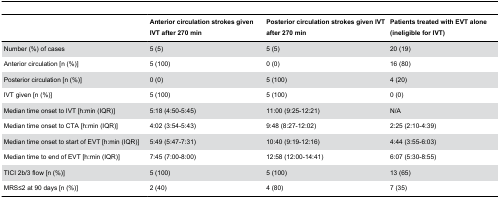
|  | Anterior circulation strokes given IVT after 270 min | Posterior circulation strokes given IVT after 270 min | Patients treated with EVT alone (ineligible for IVT) |
 | --- | --- | --- | --- |
 | Number (%) of cases | 5 (5) | 5 (5) | 20 (19) |
 | Anterior circulation [n (%)] | 5 (100) | 0 (0) | 16 (80) |
 | Posterior circulation [n (%)] | 0 (0) | 5 (100) | 4 (20) |
 | IVT given [n (%)] | 5 (100) | 5 (100) | 0 (0) |
 | Median time onset to IVT [h:min (IQR)] | 5:18 (4:50-5:45) | 11:00 (9:25-12:21) | N/A |
 | Median time onset to CTA [h:min (IQR)] | 4:02 (3:54-5:43) | 9:48 (8:27-12:02) | 2:25 (2:10-4:39) |
 | Median time onset to start of EVT [h:min (IQR)] | 5:49 (5:47-7:31) | 10:40 (9:19-12:16) | 4:44 (3:55-6:03) |
 | Median time to end of EVT [h:min (IQR)] | 7:45 (7:00-8:00) | 12:58 (12:00-14:41) | 6:07 (5:30-8:55) |
 | TICI 2b/3 flow [n (%)] | 5 (100) | 5 (100) | 13 (65) |
 | MRS≤2 at 90 days [n (%)] | 2 (40) | 4 (80) | 7 (35) |